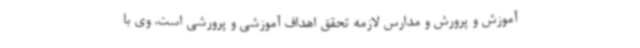
آموزش و پرورش و مدارس لازمه تحقق اهداف آموزشی و پرورشی است. وی با